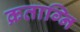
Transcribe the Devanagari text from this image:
क्रताग्नि